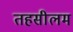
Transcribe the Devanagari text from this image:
तहसीलम